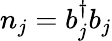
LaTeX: {n}_{j}={b}_{j}^{\dagger}{b}_{j}